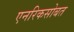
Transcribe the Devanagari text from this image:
एनरिकसोबत